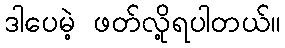
ဒါပေမဲ့ ဖတ်လို့ရပါတယ်။